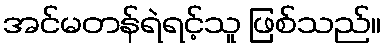
အင်မတန်ရဲရင့်သူ ဖြစ်သည်။